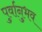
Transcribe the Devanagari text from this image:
पुर्वानुभव